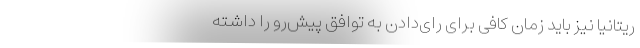
ریتانیا نیز باید زمان کافی برای رای‌دادن به توافق پیش‌رو را داشته